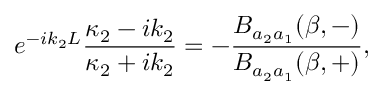
e ^ { - i k _ { 2 } L } \frac { \kappa _ { 2 } - i k _ { 2 } } { \kappa _ { 2 } + i k _ { 2 } } = - \frac { B _ { a _ { 2 } a _ { 1 } } ( \beta , - ) } { B _ { a _ { 2 } a _ { 1 } } ( \beta , + ) } ,